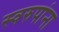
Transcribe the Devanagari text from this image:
स्वरुपांना